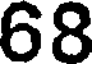
68